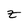
Character: z